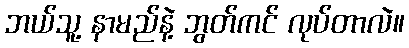
ဘယ်သူ့ နာမည်နဲ့ ဘွတ်ကင် လုပ်တာလဲ။